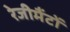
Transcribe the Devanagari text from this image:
रेजीमैंटों